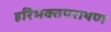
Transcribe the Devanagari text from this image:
हरिभक्तपरायण